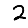
Digit: 2